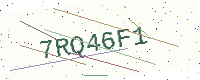
Text: 7RQ46F1